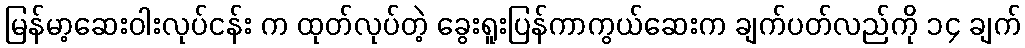
မြန်မာ့ဆေးဝါးလုပ်ငန်း က ထုတ်လုပ်တဲ့ ခွေးရူးပြန်ကာကွယ်ဆေးက ချက်ပတ်လည်ကို ၁၄ ချက်